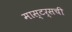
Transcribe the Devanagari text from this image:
मास्टर्सची